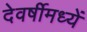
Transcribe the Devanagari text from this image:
देवर्षीमध्यें